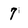
Character: 7